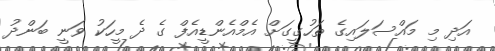
އަދި މި މައްސަލައިގެ ތަހުގީގަށް އެމްއެންޑީއެފް ގެ ދެ މީހަކު ވަނީ ބަންދު